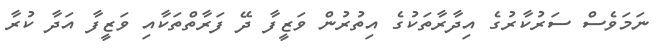
ނަމަވެސް ސަރުކާރުގެ އިދާރާތަކުގެ އިތުރުން ވަޒީފާ ދޭ ފަރާތްތަކާއި ވަޒީފާ އަދާ ކުރާ